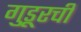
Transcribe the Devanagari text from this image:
गुडूरची